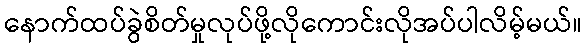
နောက်ထပ်ခွဲစိတ်မှုလုပ်ဖို့လိုကောင်းလိုအပ်ပါလိမ့်မယ်။